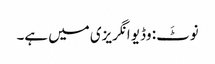
نوٹَ: وڈیو انگریزی میں ہے۔